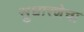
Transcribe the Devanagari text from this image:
सुधारणेचा